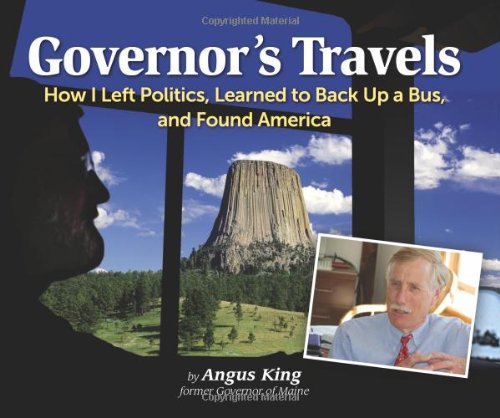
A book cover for Governor's Travels: How I Left Politics, Learned to Back Up a Bus, and Found America; Angus S. King Jr.; Biographies & Memoirs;